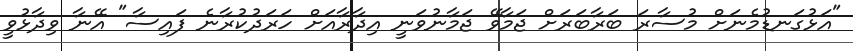
"އަޅުގަނޑުމެނަށް މުސާރަ ބަރާބަރަށް ޖަމާވޭ ޖަމާނުވަނީ އިދާރާއަށް ހަރަދުކުރާނެ ފައިސާ" އޭނާ ވިދާޅުވީ